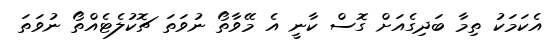
އެކަމަކު ތިމާ ބަދިގެއަށް ގޮސް ކާނީ އެ މޭވާތޯ ނުވަތަ ޗޮކުލެޓެއްތޯ ނުވަތަ